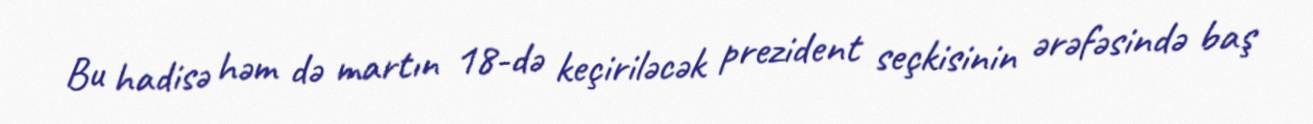
Bu hadisə həm də martın 18-də keçiriləcək prezident seçkisinin ərəfəsində baş